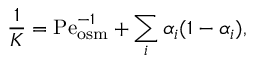
\frac { 1 } { K } = \mathrm { P e } _ { \mathrm { o s m } } ^ { - 1 } + \sum _ { i } \alpha _ { i } ( 1 - \alpha _ { i } ) ,